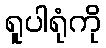
ရူပါရုံကို